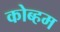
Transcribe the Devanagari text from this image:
कोब्हम